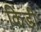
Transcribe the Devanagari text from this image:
किंडी